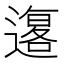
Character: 𲅼